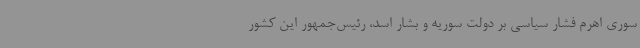
سوری اهرم فشار سیاسی بر دولت سوریه و بشار اسد، رئیس‌جمهور این کشور